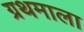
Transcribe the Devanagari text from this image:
ग्रथमाला